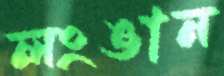
লংঙান